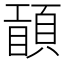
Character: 𥊾